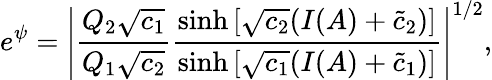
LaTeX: e^{\psi}=\left|\frac{Q_{2}\sqrt{c_{1}}}{Q_{1}\sqrt{c_{2}}}\frac{\sinh\left[\sqrt{c_{2}}(I(A)+\tilde{c}_{2})\right]}{\sinh\left[\sqrt{c_{1}}(I(A)+\tilde{c}_{1})\right]}\right|^{1/2},